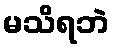
မသိရဘဲ